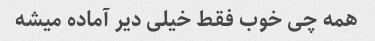
همه چی خوب فقط خیلی دیر آماده میشه